Leaving Certificate Examination, 1913
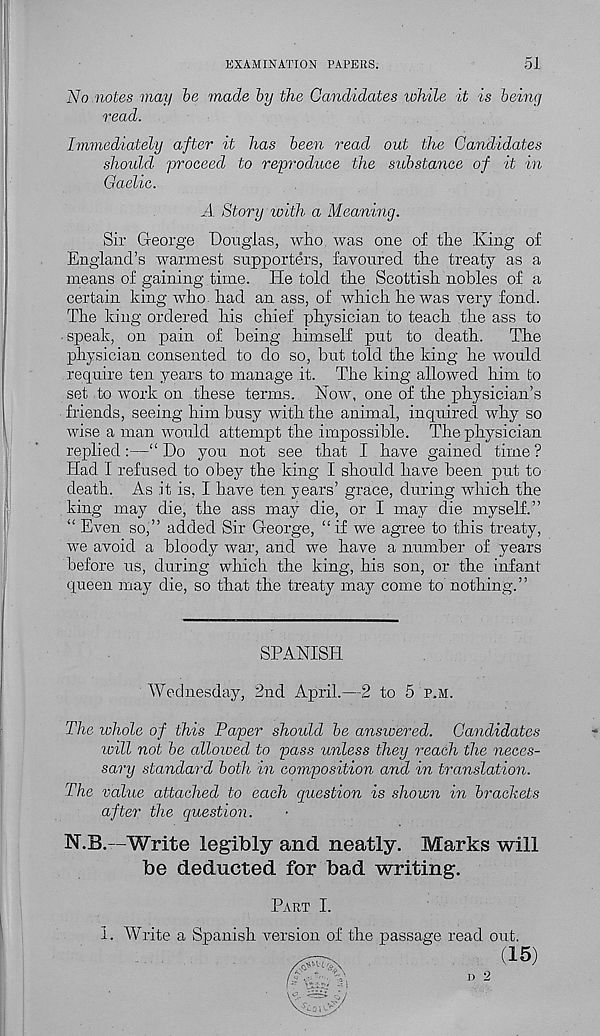
EXAMINATION PAPERS.
51
No notes may be made by the Candidates while it is being
read.
Immediately after it has been read out the Candidates
should proceed to reproduce the substance of it in
Gaelic.
A Story with a Meaning.
Sir George Douglas, who was one of the King of
England’s warmest supporters, favoured the treaty as a
means of gaining time. He told the Scottish nobles of a
certain king who. had an ass, of which he was very fond.
The king ordered his chief physician to teach the ass to
• speak, on pain of being himself put to death.
The
physician consented to do so, but told the king he would
require ten years to manage it. The king allowed him to
set to work on these terms. Now, one of the physician’s
friends, seeing him busy with the animal, inquired why so
wise a man would attempt the impossible. The physician
replied:—“ Do you not see that I have gained time ?
Had I refused to obey the king I should have been put to
death. As it is, I have ten years’ grace, during which the
king may die, the ass may die, or I may die myself.”
“ Even so,” added Sir George, “if we agree to this treaty,
we avoid a bloody war, and we have a number of years
before us, during which the king, his son, or the infant
queen may die, so that the treaty may come to nothing.”
SPANISH
Wednesday, 2nd April.—2 to 5 p.m.
The whole of this Paper should be answered. Candidates
will not be allowed to pass unless they reach the neces-
sary standard both in composition and in translation.
The value attached to each question is shown in brackets
after the question.
N.B.—Write legibly and neatly. Marks will
be deducted for bad writing.
Part I.
1. Write a Spanish version of the passage read out.
(15)